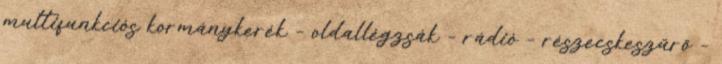
multifunkciós kormánykerék – oldallégzsák – rádió – részecskeszűrő –